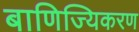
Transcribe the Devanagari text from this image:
बाणिज्यिकरण